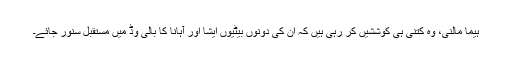
ہیما مالنی، وہ کتنی ہی کوششیں کر رہی ہیں کہ ان کی دونوں بیٹیوں ایشا اور آہانا کا بالی وڈ میں مستقبل سنور جائے۔